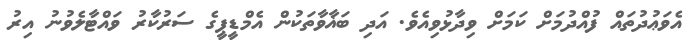
އެވަޢުދުތައް ފުއްދުމަށް ކަމަށް ވިދާޅުވިއެވެ. އަދި ބަޣާވާތަކުން އެމްޑީޕީގެ ސަރުކާރު ވައްޓާލެވުނު އިރު